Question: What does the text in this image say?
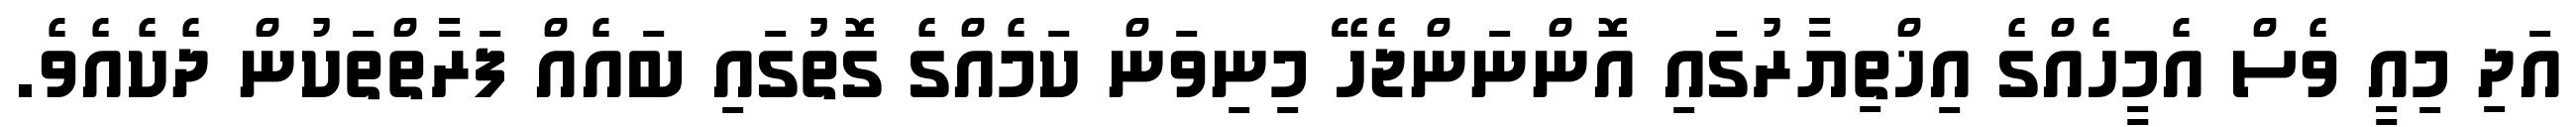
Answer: އަދި މިއީ ވެސް އެމީހެއްގެ އިޚްތިޔާރުގައި އޮންނަންޖެހޭ މިނިވަން ކަމެއްގެ ގޮތުގައި ބައެއް ފަރާތްތަކުން ދެކެއެވެ.